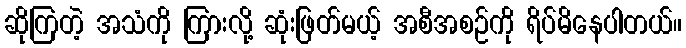
ဆိုကြတဲ့ အသံကို ကြားလို့ ဆုံးဖြတ်မယ့် အစီအစဉ်ကို ရိပ်မိနေပါတယ်။